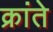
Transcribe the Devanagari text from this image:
क्रांते